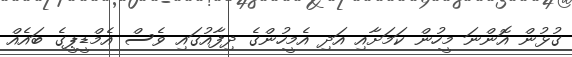
ގުޅުން އޮންނަ މީހުން ކަމަށާއި އަދި އެމީހުންގެ ދިފާއުގައި ވެސް އެމްޑީޕީގެ ބައެއް